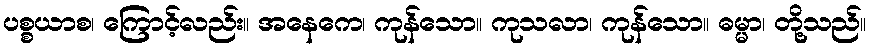
ပစ္စယာစ၊ ကြောင့်လည်း။ အနေကေ၊ ကုန်သော။ ကုသလာ၊ ကုန်သော။ ဓမ္မာ၊ တို့သည်။